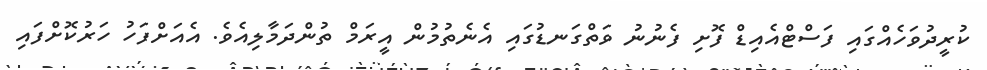
ކުރީދުވަހެއްގައި ފަސްޓްއެއިޑް ފޮށި ފެނުނު ވަތްގަނޑުގައި އެނެތުމުން އީރަމް ތުންދަމާލިއެވެ. އެއަށްފަހު ހަރުކޮށްފައި